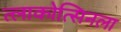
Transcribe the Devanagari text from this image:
त्लाकोत्सिनला